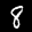
Label: 8